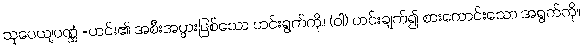
သူပေယျပဏ္ဏံ =ဟင်း၏ အစီးအပွားဖြစ်သော ဟင်းရွက်ကို။ (ဝါ) ဟင်းချက်၍ စားကောင်းသော အရွက်ကို။